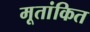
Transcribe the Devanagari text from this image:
मूतांकित